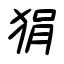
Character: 狷